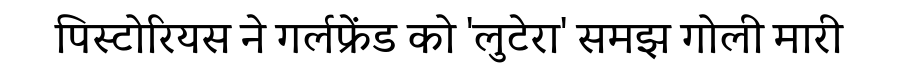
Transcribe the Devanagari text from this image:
पिस्टोरियस ने गर्लफ्रेंड को 'लुटेरा' समझ गोली मारी